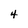
Character: 4